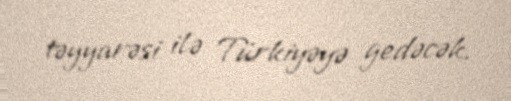
təyyarəsi ilə Türkiyəyə gedəcək.